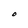
Character: O